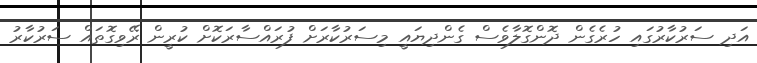
އަދި ސަރުކާރުގައި ހުރެގެން ދޮންގޮލާވެސް ގެންދިޔައީ މިސަރުކާރަށް ފުރައްސާރަކޮށް ކުރީން ރޭވިގޮތައް ސަރުކާރު